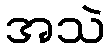
အသဲ